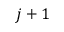
j + 1